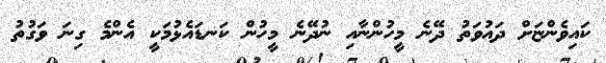
ކައިވެންޏަށް ދައުވަތު ދޭނެ މީހުންނާއި ނުދޭނެ މީހުން ކަނޑައެޅުމަކީ އެންމެ ގިނަ ވަގުތު